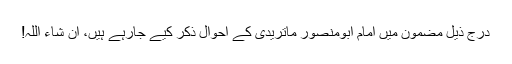
درج ذیل مضمون میں امام ابومنصور ماتریدیؒ کے احوال ذکر کیے جارہے ہیں، ان شاء اللہ!